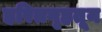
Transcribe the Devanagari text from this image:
हरितगृहतून